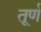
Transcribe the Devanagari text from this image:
तूर्ण